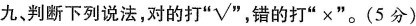
九、判断下列说法，对的打"☑"，错的打”×”。(5分)